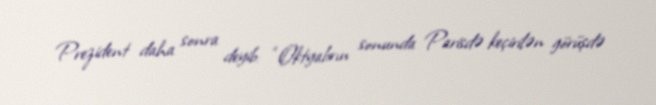
Prezident daha sonra deyib: “Oktyabrın sonunda Parisdə keçirilən görüşdə